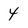
Character: 4